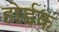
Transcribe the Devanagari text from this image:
होईक